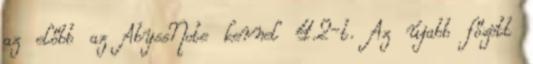
az előbb az AbyssNote kernel 4.2-t. Az újabb főzött